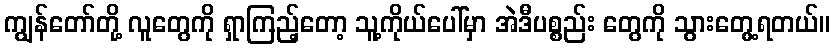
ကျွန်တော်တို့ လူတွေကို ရှာကြည့်တော့ သူ့ကိုယ်ပေါ်မှာ အဲဒီပစ္စည်း တွေကို သွားတွေ့ရတယ်။